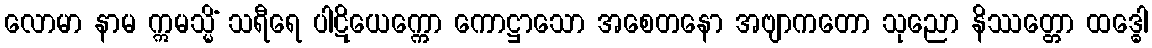
လောမာ နာမ ဣမသ္မိံ သရီရေ ပါဋိယေက္ကော ကောဋ္ဌာသော အစေတနော အဗျာကတော သုညော နိဿတ္တော ထဒ္ဓေါ